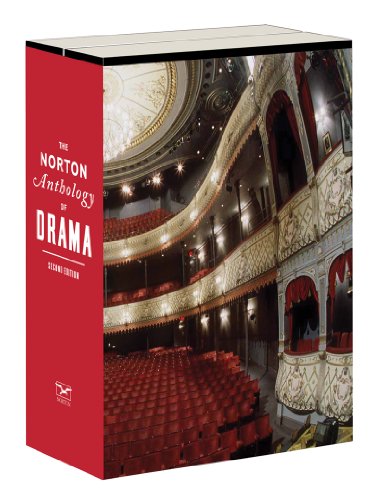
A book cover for The Norton Anthology of Drama (Second Edition)  (Vol. 1 & 2); Literature & Fiction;